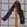
Text: 1